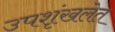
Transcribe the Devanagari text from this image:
उपशृंखलेत